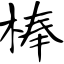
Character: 榛